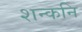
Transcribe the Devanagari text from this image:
शन्कनि